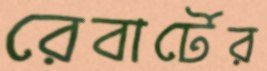
রেবার্টের